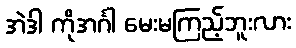
အဲဒါ ကိုအင်္ဂါ မေးမကြည့်ဘူးလား